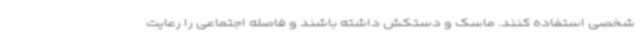
شخصی استفاده کنند. ماسک و دستکش داشته باشند و فاصله اجتماعی را رعایت